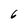
Character: 6